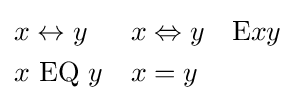
{\begin{aligned}x&\leftrightarrow y&x&\Leftrightarrow y&\mathrm {E} xy\\x&\mathrm {~EQ~} y&x&=y\end{aligned}}